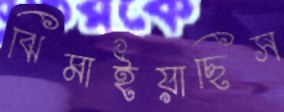
ঝিমাইয়াছিস